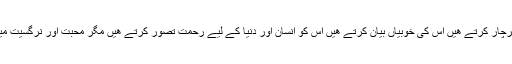
ھم سب دنیا والے محبت کا پرچار کرتے ھیں اس کی خوبیاں بیان کرتے ھیں اس کو انسان اور دنیا کے لیے رحمت تصور کرتے ھیں مگر محبت اور نرگسیت میں زمین آسمان کا فرق ھے ۔